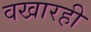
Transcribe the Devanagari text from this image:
वखारही